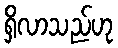
ရှိလာသည်ဟု